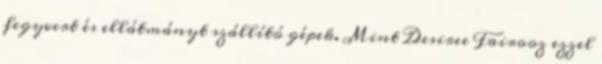
fegyvert és ellátmányt szállító gépek. Mint Desiree Fairooz ezzel